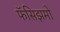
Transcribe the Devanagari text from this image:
फॅसिझमो